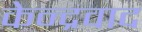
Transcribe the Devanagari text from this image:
केन्द्रवाद